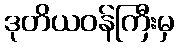
ဒုတိယဝန်ကြီးမှ